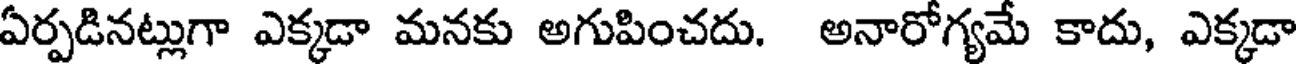
ఏర్పడినట్లుగా ఎక్కడా మనకు అగుపించదు. అనారోగ్యమే కాదు, ఎక్కడా